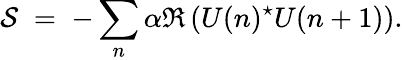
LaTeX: {\cal S}\; =\; -\sum_{n}\alpha\Re\left(U(n)^{\star}U(n+1)\right).